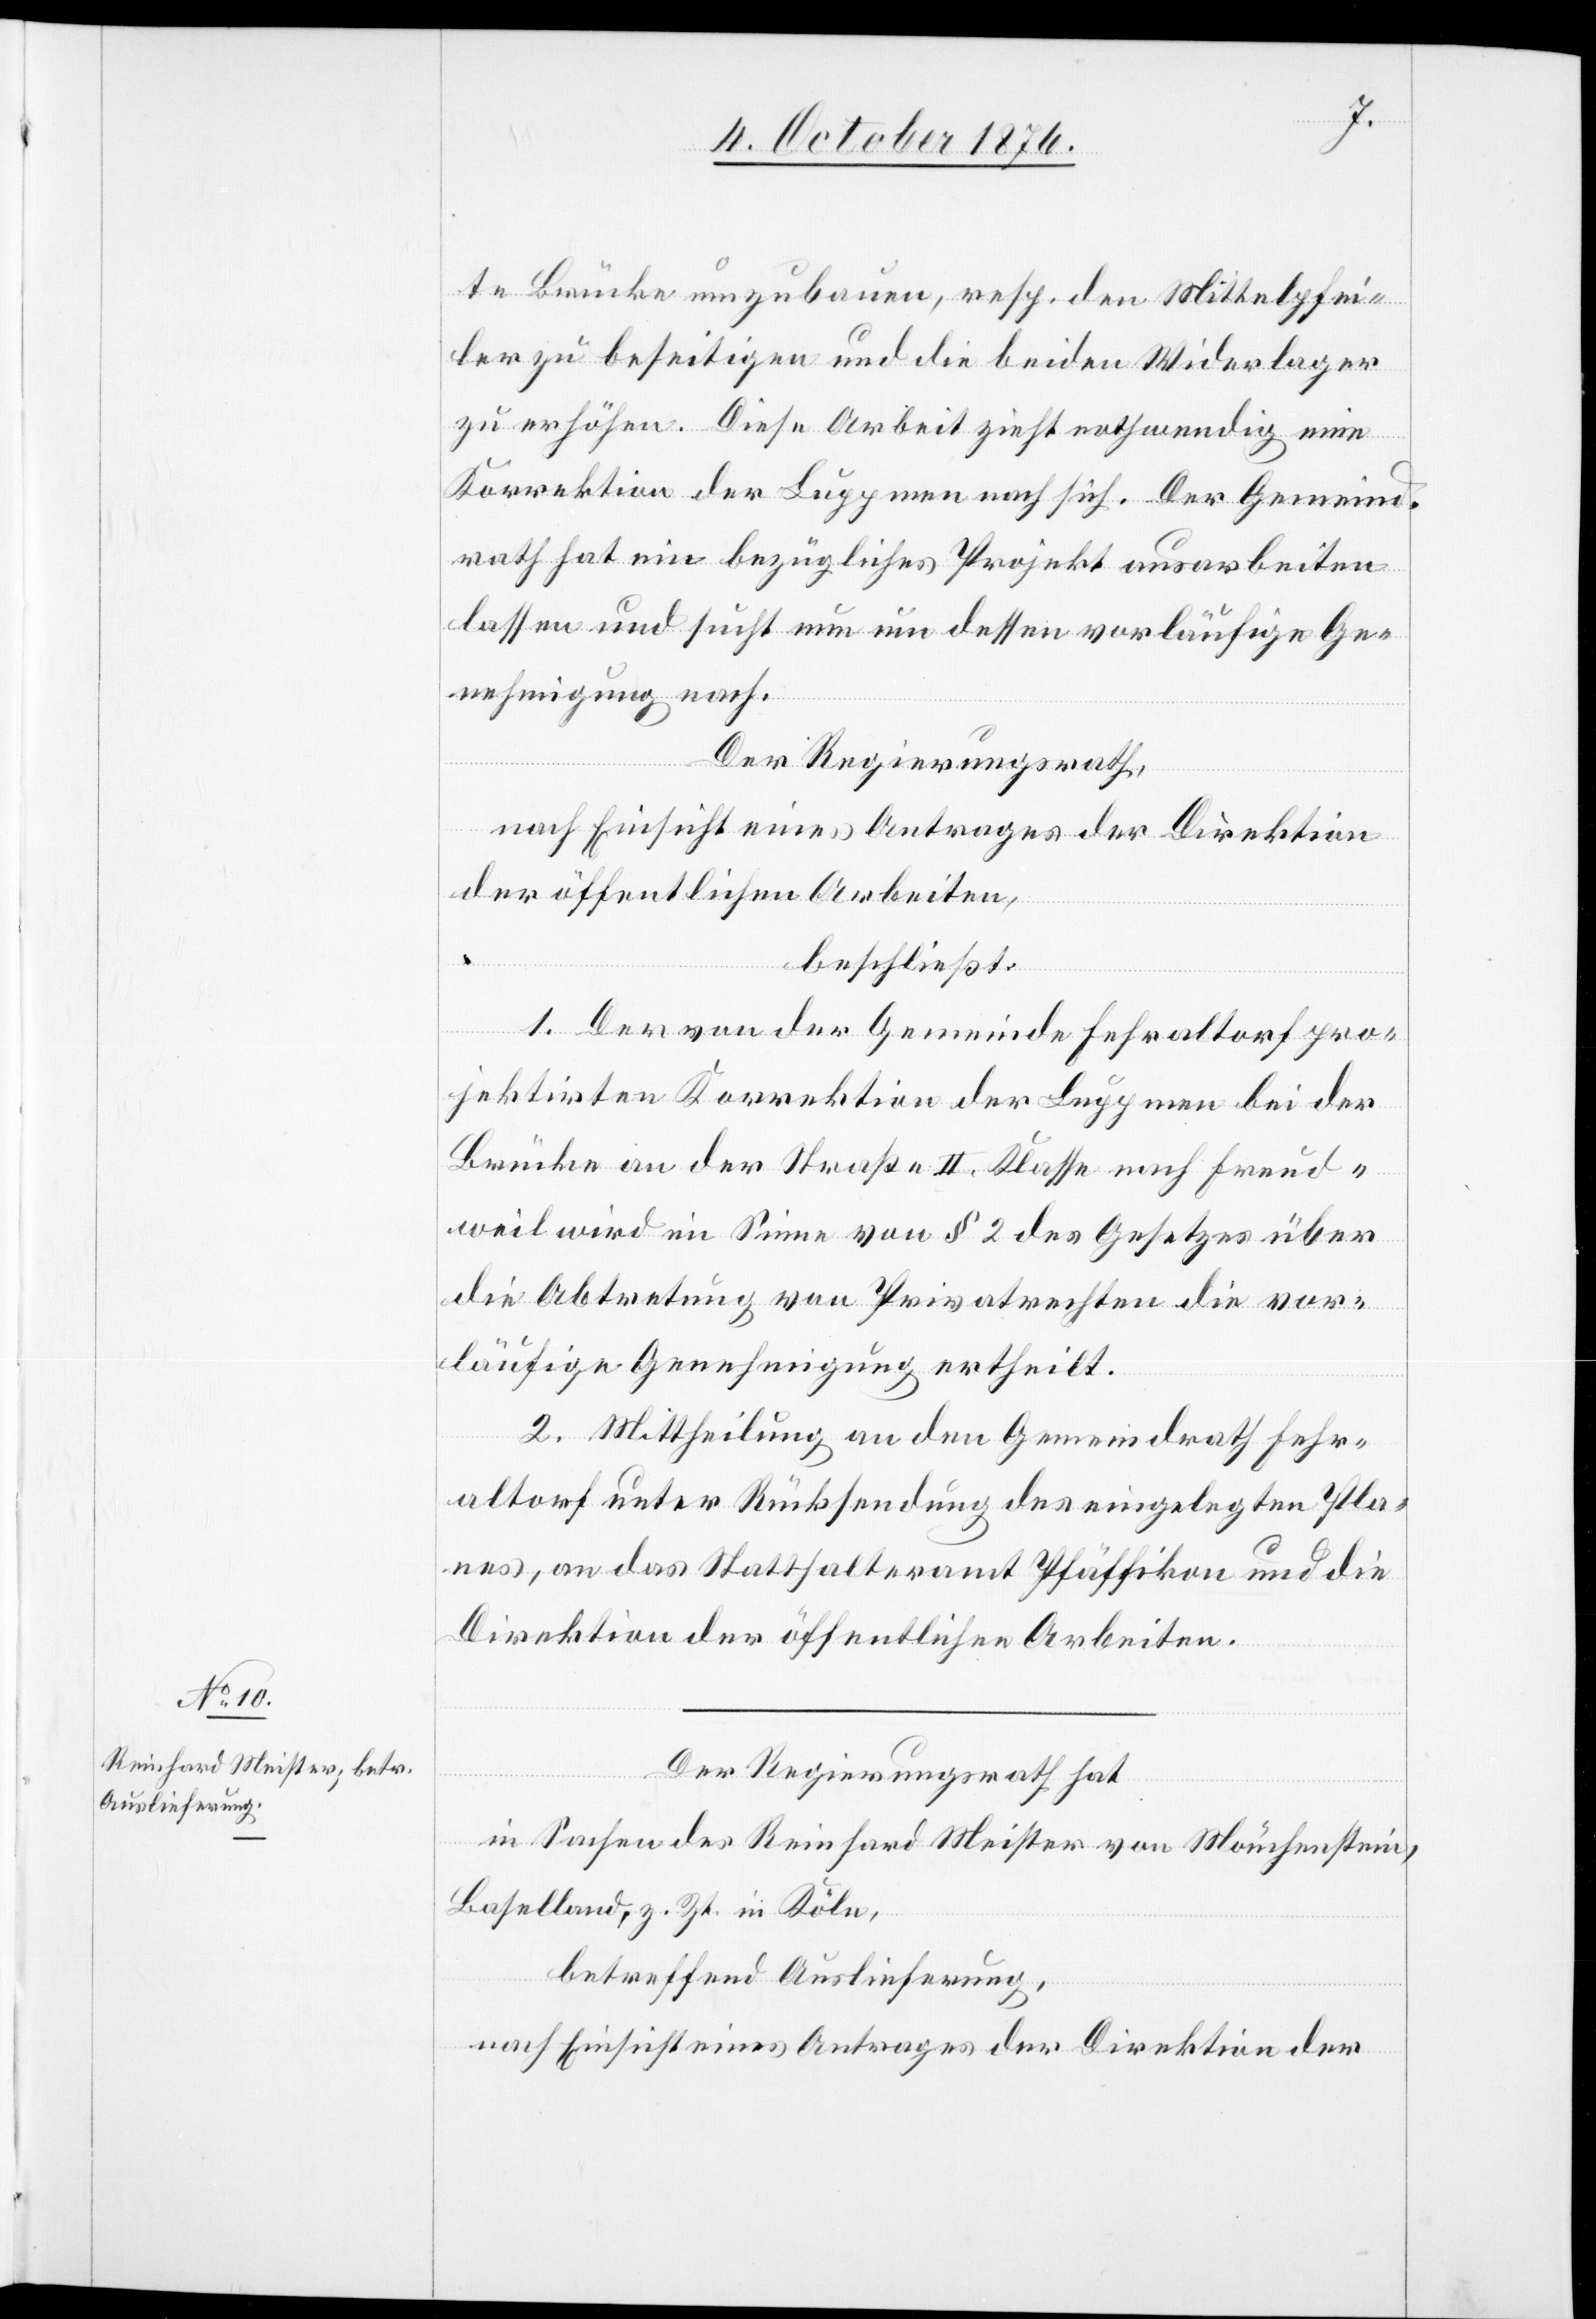
te Brücke umzubauen, resp. den Mittelpfei¬
ler zu beseitigen und die beiden Widerlager
zu erhöhen. Diese Arbeit zieht nothwendig eine
Korrektion der Luppmen nach sich. Der Gemeind¬
rath hat ein bezügliches Projekt ausarbeiten
lassen und sucht nun um dessen vorläufige Ge¬
nehmigung nach.
Der Regierungsrath,
nach Einsicht eines Antrages der Direktion
der öffentlichen Arbeiten,
beschließt:
1. Der von der Gemeinde Fehraltorf pro¬
jektirten Korrektion der Luppmen bei der
Brücke an der Straße II. Klasse nach Freud¬
weil wird im Sinne von § 2 des Gesetzes über
die Abtretung von Privatrechten die vor¬
läufige Genehmigung ertheilt.
2. Mittheilung an den Gemeindrath Fehr¬
altorf unter Rücksendung des eingelegten Pla¬
nes, an das Statthalteramt Pfäffikon und die
Direktion der öffentlichen Arbeiten.
Oct.
Der Regierungsrath hat
in Sachen des Reinhard Meister von Mönchenstein,
Baselland, z. Zt. in Köln,
betreffend Auslieferung,
nach Einsicht eines Antrages der Direktion der